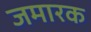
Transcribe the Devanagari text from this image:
जमारक